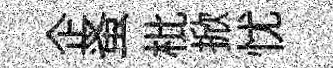
企蚤枇掀忧